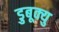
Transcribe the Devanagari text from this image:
डुबूक्यु